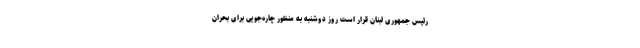
رئیس جمهوری لبنان قرار است روز دوشنبه به منظور چاره‌جویی برای بحران